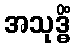
အသုဒ္ဓိံ